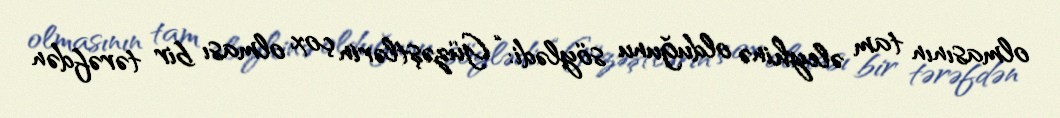
olmasının tam əleyhinə olduğunu söylədi: “Güzəştlərin çox olması bir tərəfdən